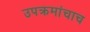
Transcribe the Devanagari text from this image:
उपक्रमांचाच